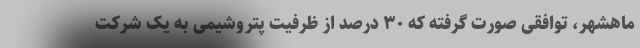
ماهشهر، توافقی صورت گرفته که ۳۰ درصد از ظرفیت پتروشیمی به یک شرکت